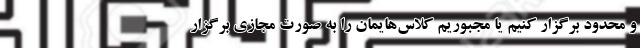
و محدود برگزار کنیم یا مجبوریم کلاس‌هایمان را به صورت مجازی برگزار